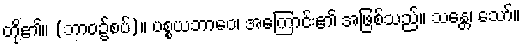
တို့၏။ (ဘာဝ၌စပ်)။ ပစ္စယဘာဝေ၊ အကြောင်း၏ အဖြစ်သည်။ သန္တေ၊ သော်။